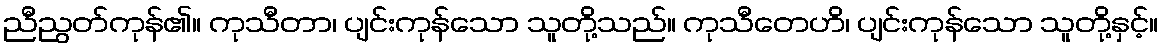
ညီညွတ်ကုန်၏။ ကုသီတာ၊ ပျင်းကုန်သော သူတို့သည်။ ကုသီတေဟိ၊ ပျင်းကုန်သော သူတို့နှင့်။